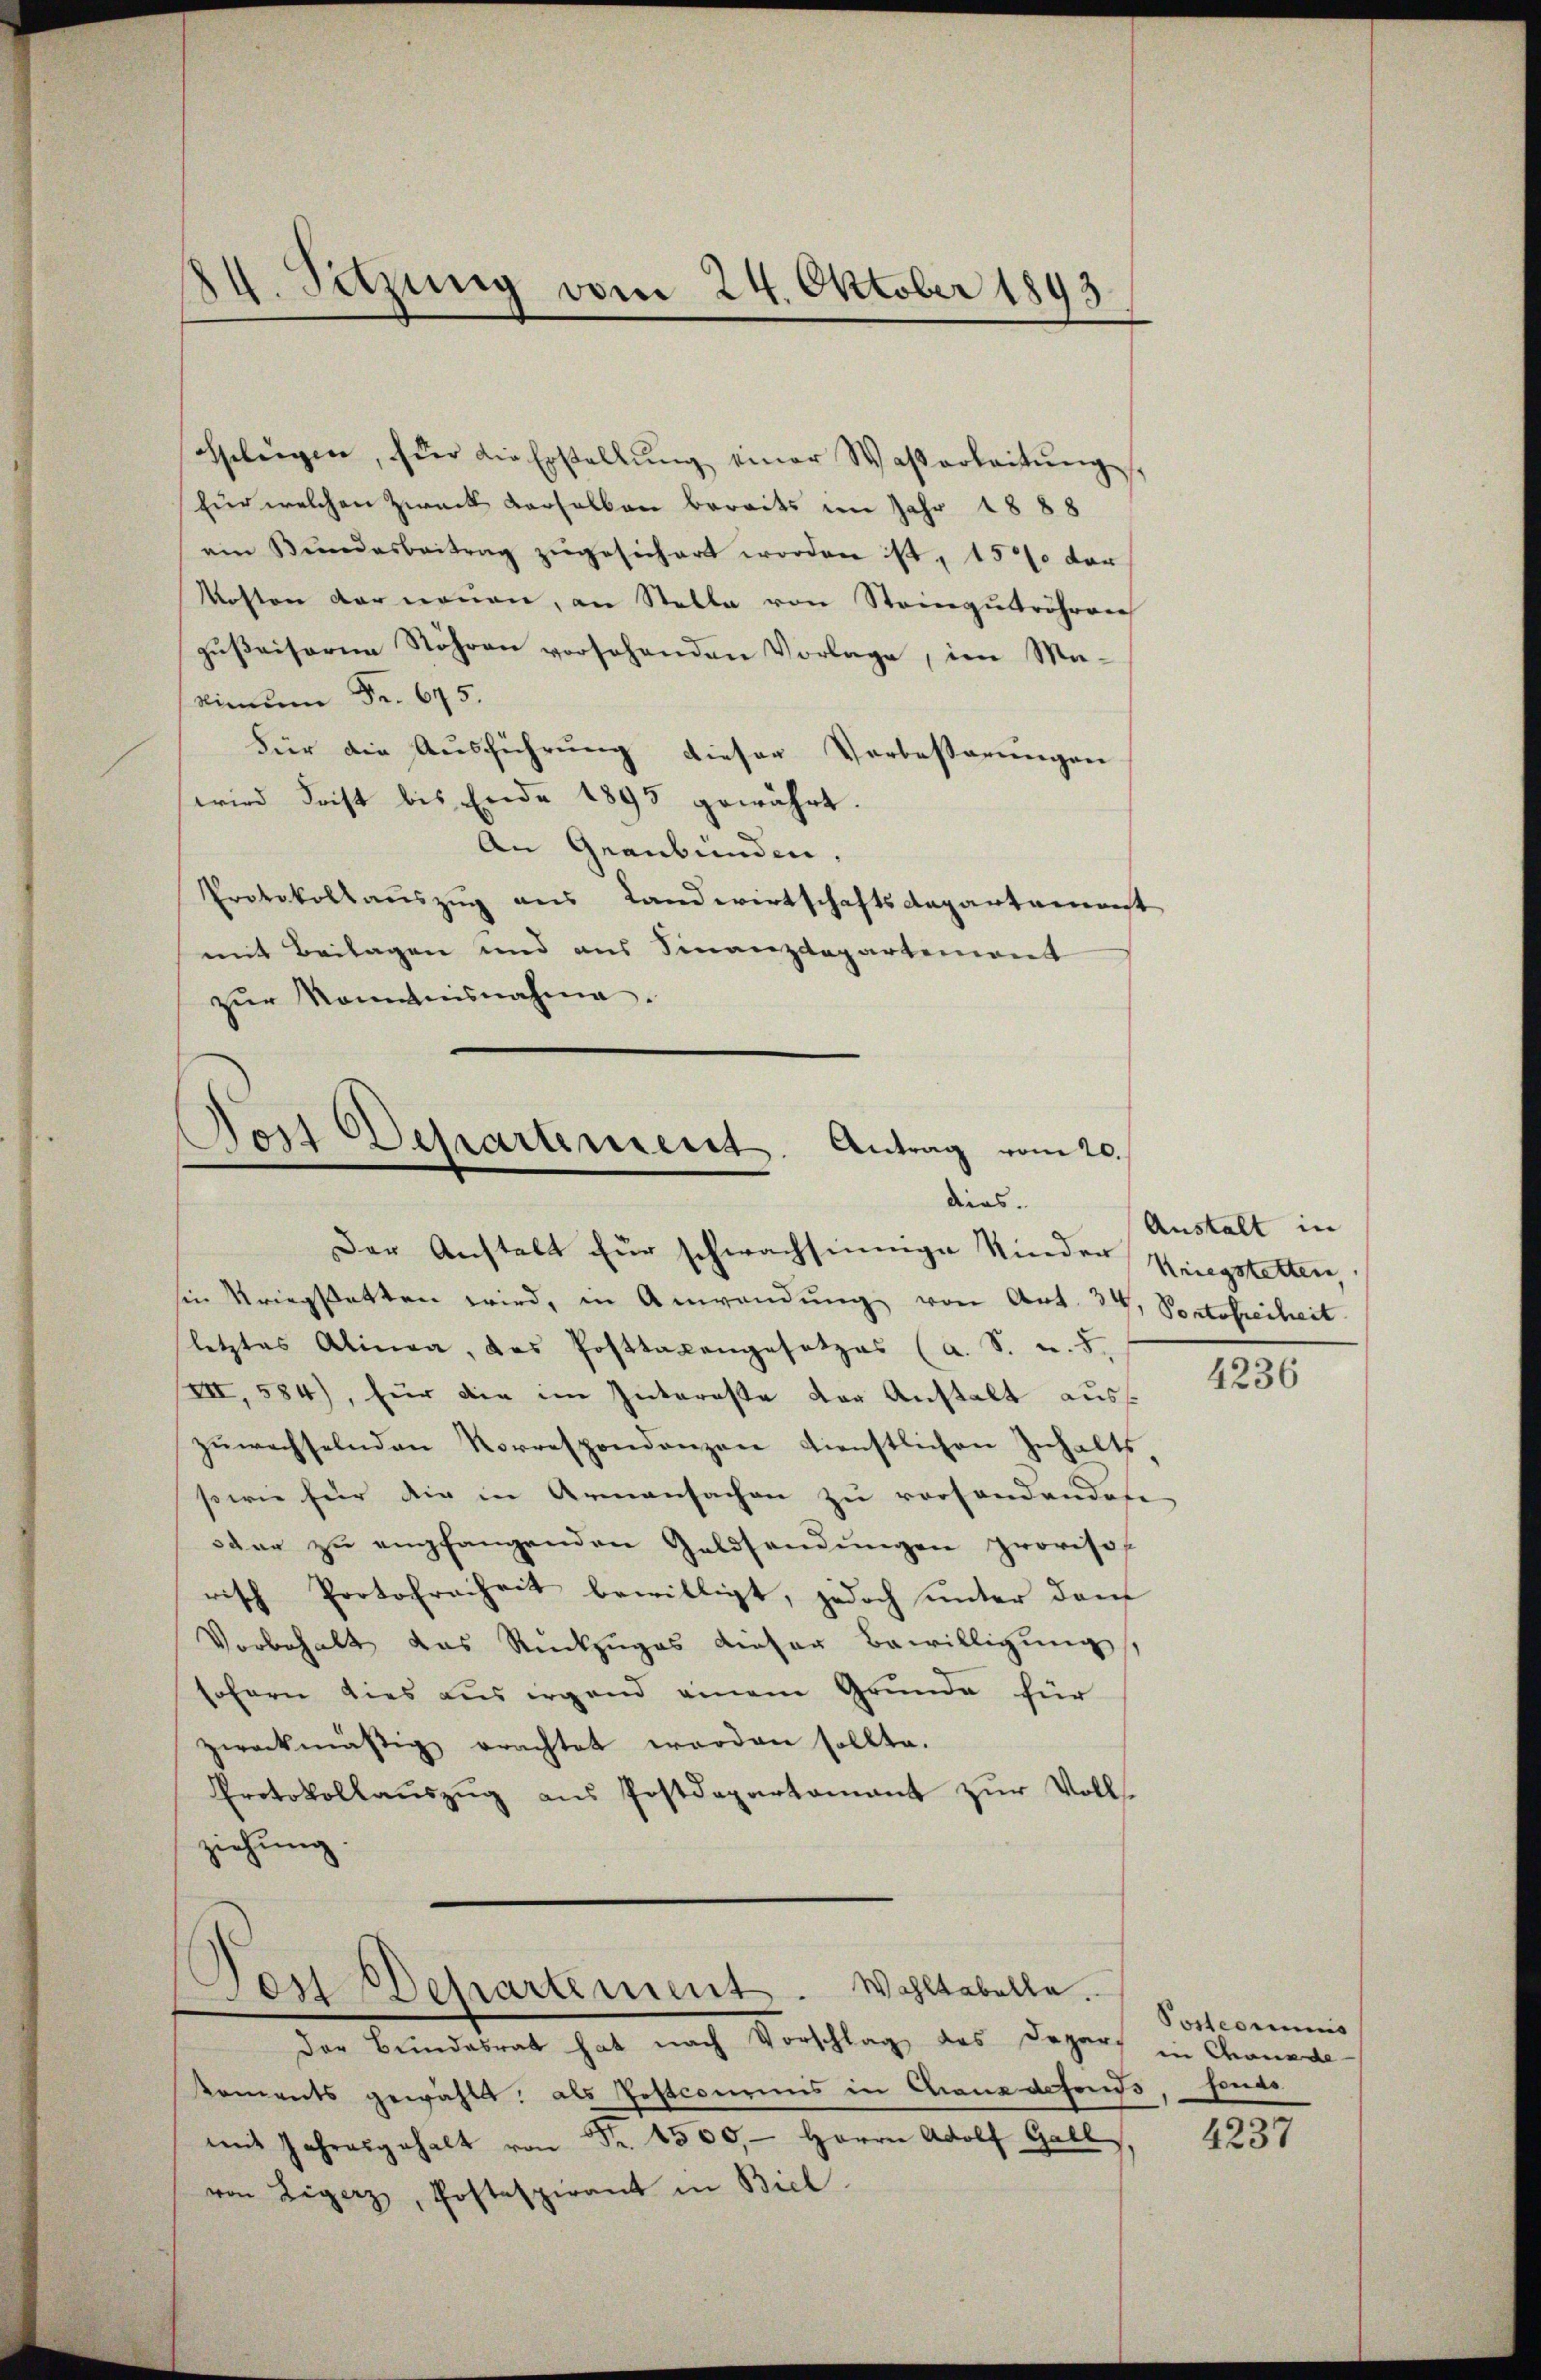
Gelegen, für die Erstellŭng einer Waßerleitŭng,
für welchen Zweck derselben bereits im Jahr 1888
ein Bŭndesbeitrag zugesichert worden ist, 15% der
Kosten der neuen, an Stelle von Steingetröhren
gußeiserne Röhren vorsehenden Vorlage, im Ma¬
Nimŭm Fr. 675.
Für die Ausführung dieser Verbesserungen
wird Frist bis Ende 1895 gewährt.
An Graubünden.
Protokollauszug aus Landwirtschaftsdepartement
mit Beilagen und aus Finanzdepartement
zŭr Kenntnisnahme.

24. Sitzung vom 24. Oktober 1893.

Post Departement. Antrag vom 20.
dias.
Der Anstalt für schwachsinnige Kinder Kingstetten,

sie kriegstatten wird, in Anwendung von Art. 34, Portofreiheit
letztes Alinea, das Posttaxengesetzes (a. S. u. 5.
VII, 584), für die im Interaste der Anstalt auszŭwechselnden Korrespondenzen dienstlichen Inhalts-
sowie für die in Armensachen zu versondendose
sdar zu empfangenden Geldsendungen proviso
risch Protofreiheit bewilligt, jedoch unter dem
Vorbehalt das Rückzuges dieser Bewilligung,
sofern dies aus irgend einem Gründe für
zweckmäßig erachtet worden sollte.
Protokollauszug aus Postdepartamant zur Vollziehung.

Der Departement. Wohltabelle.
Der Bundesrat hat nach Vorschlag des Depart in Chanade

sements gewählt: als Postcourins in Chaus defonds
mit Jahresgehalt von Fr. 1500. Herrn Adolf Gall
von Ligenz, Postespirant in Biel

Anstalt in

4236

Postcommis
fonas

4237